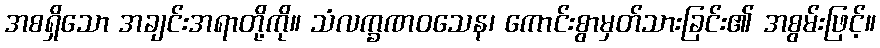
အစရှိသော အချင်းအရာတို့ကို။ သံလက္ခဏဝသေန၊ ကောင်းစွာမှတ်သားခြင်း၏ အစွမ်းဖြင့်။